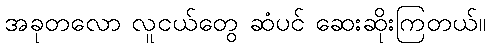
အခုတလော လူငယ်တွေ ဆံပင် ဆေးဆိုးကြတယ်။